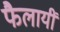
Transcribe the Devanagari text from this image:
फैलायीं